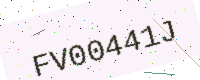
Text: FV00441J